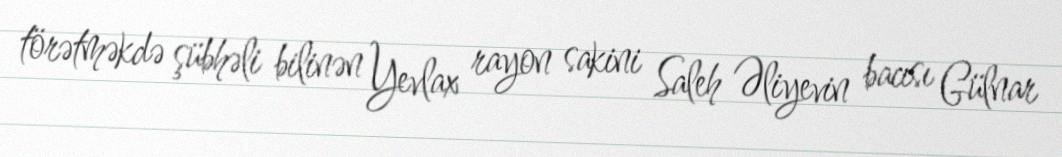
törətməkdə şübhəli bilinən Yevlax rayon sakini Saleh Əliyevin bacısı Gülnar